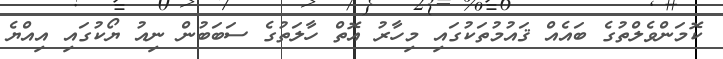
ކޮމަންވެލްތުގެ ބައެއް ޤައުމުތަކުގައި މިހާރު އޮތް ހާލަތުގެ ސަބަބުން ނިއު ޔޯކުގައި އިއްޔެ